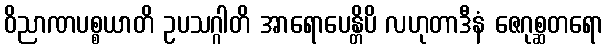
ဝိညာဏပစ္စယာတိ ဥပသဂ္ဂါတိ အာရောပေန္တိပိ လဟုတာဒီနံ ဇေဂုစ္ဆတရော